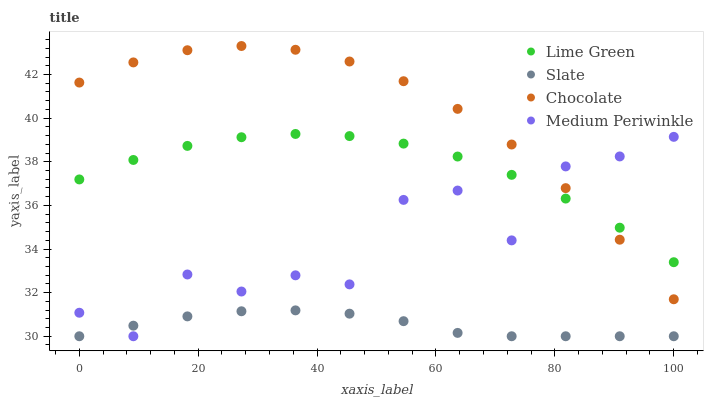
| xaxis_label | Lime Green | Slate | Chocolate | Medium Periwinkle |
 | --- | --- | --- | --- | --- |
 | 0 | 37.2 | 30 | 41.6 | 31.1 |
 | 9.09 | 38.1 | 30.5 | 42.6 | 30 |
 | 18.2 | 38.7 | 30.9 | 43.1 | 32.8 |
 | 27.3 | 39.1 | 31.1 | 43.3 | 32.1 |
 | 36.4 | 39.3 | 31.2 | 43.1 | 32.8 |
 | 45.5 | 39.2 | 31 | 42.6 | 32.4 |
 | 54.5 | 38.8 | 30.7 | 41.7 | 36.3 |
 | 63.6 | 38.2 | 30.2 | 40.4 | 36.7 |
 | 72.7 | 37.4 | 30 | 38.8 | 34.4 |
 | 81.8 | 36.3 | 30 | 36.8 | 37.8 |
 | 90.9 | 35 | 30 | 34.4 | 38.2 |
 | 100 | 33.4 | 30 | 31.7 | 39.1 |